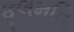
ફૂલમતિ